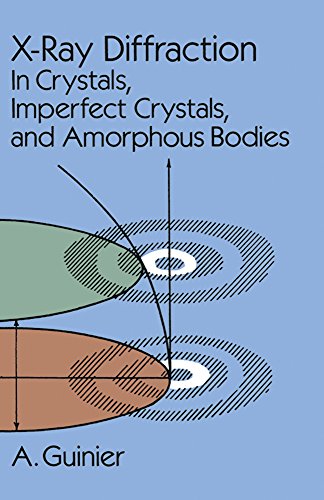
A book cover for X-Ray Diffraction: In Crystals, Imperfect Crystals, and Amorphous Bodies (Dover Books on Physics); A. Guinier; Science & Math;